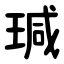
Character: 瑊